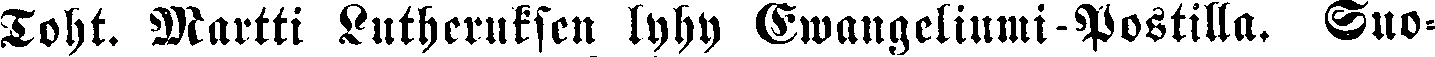
Toht. Martti Lutheruksen lyhy Ewangeliumi Postilla. Suo-